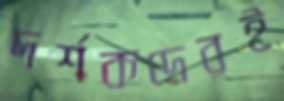
দর্শকদেরই